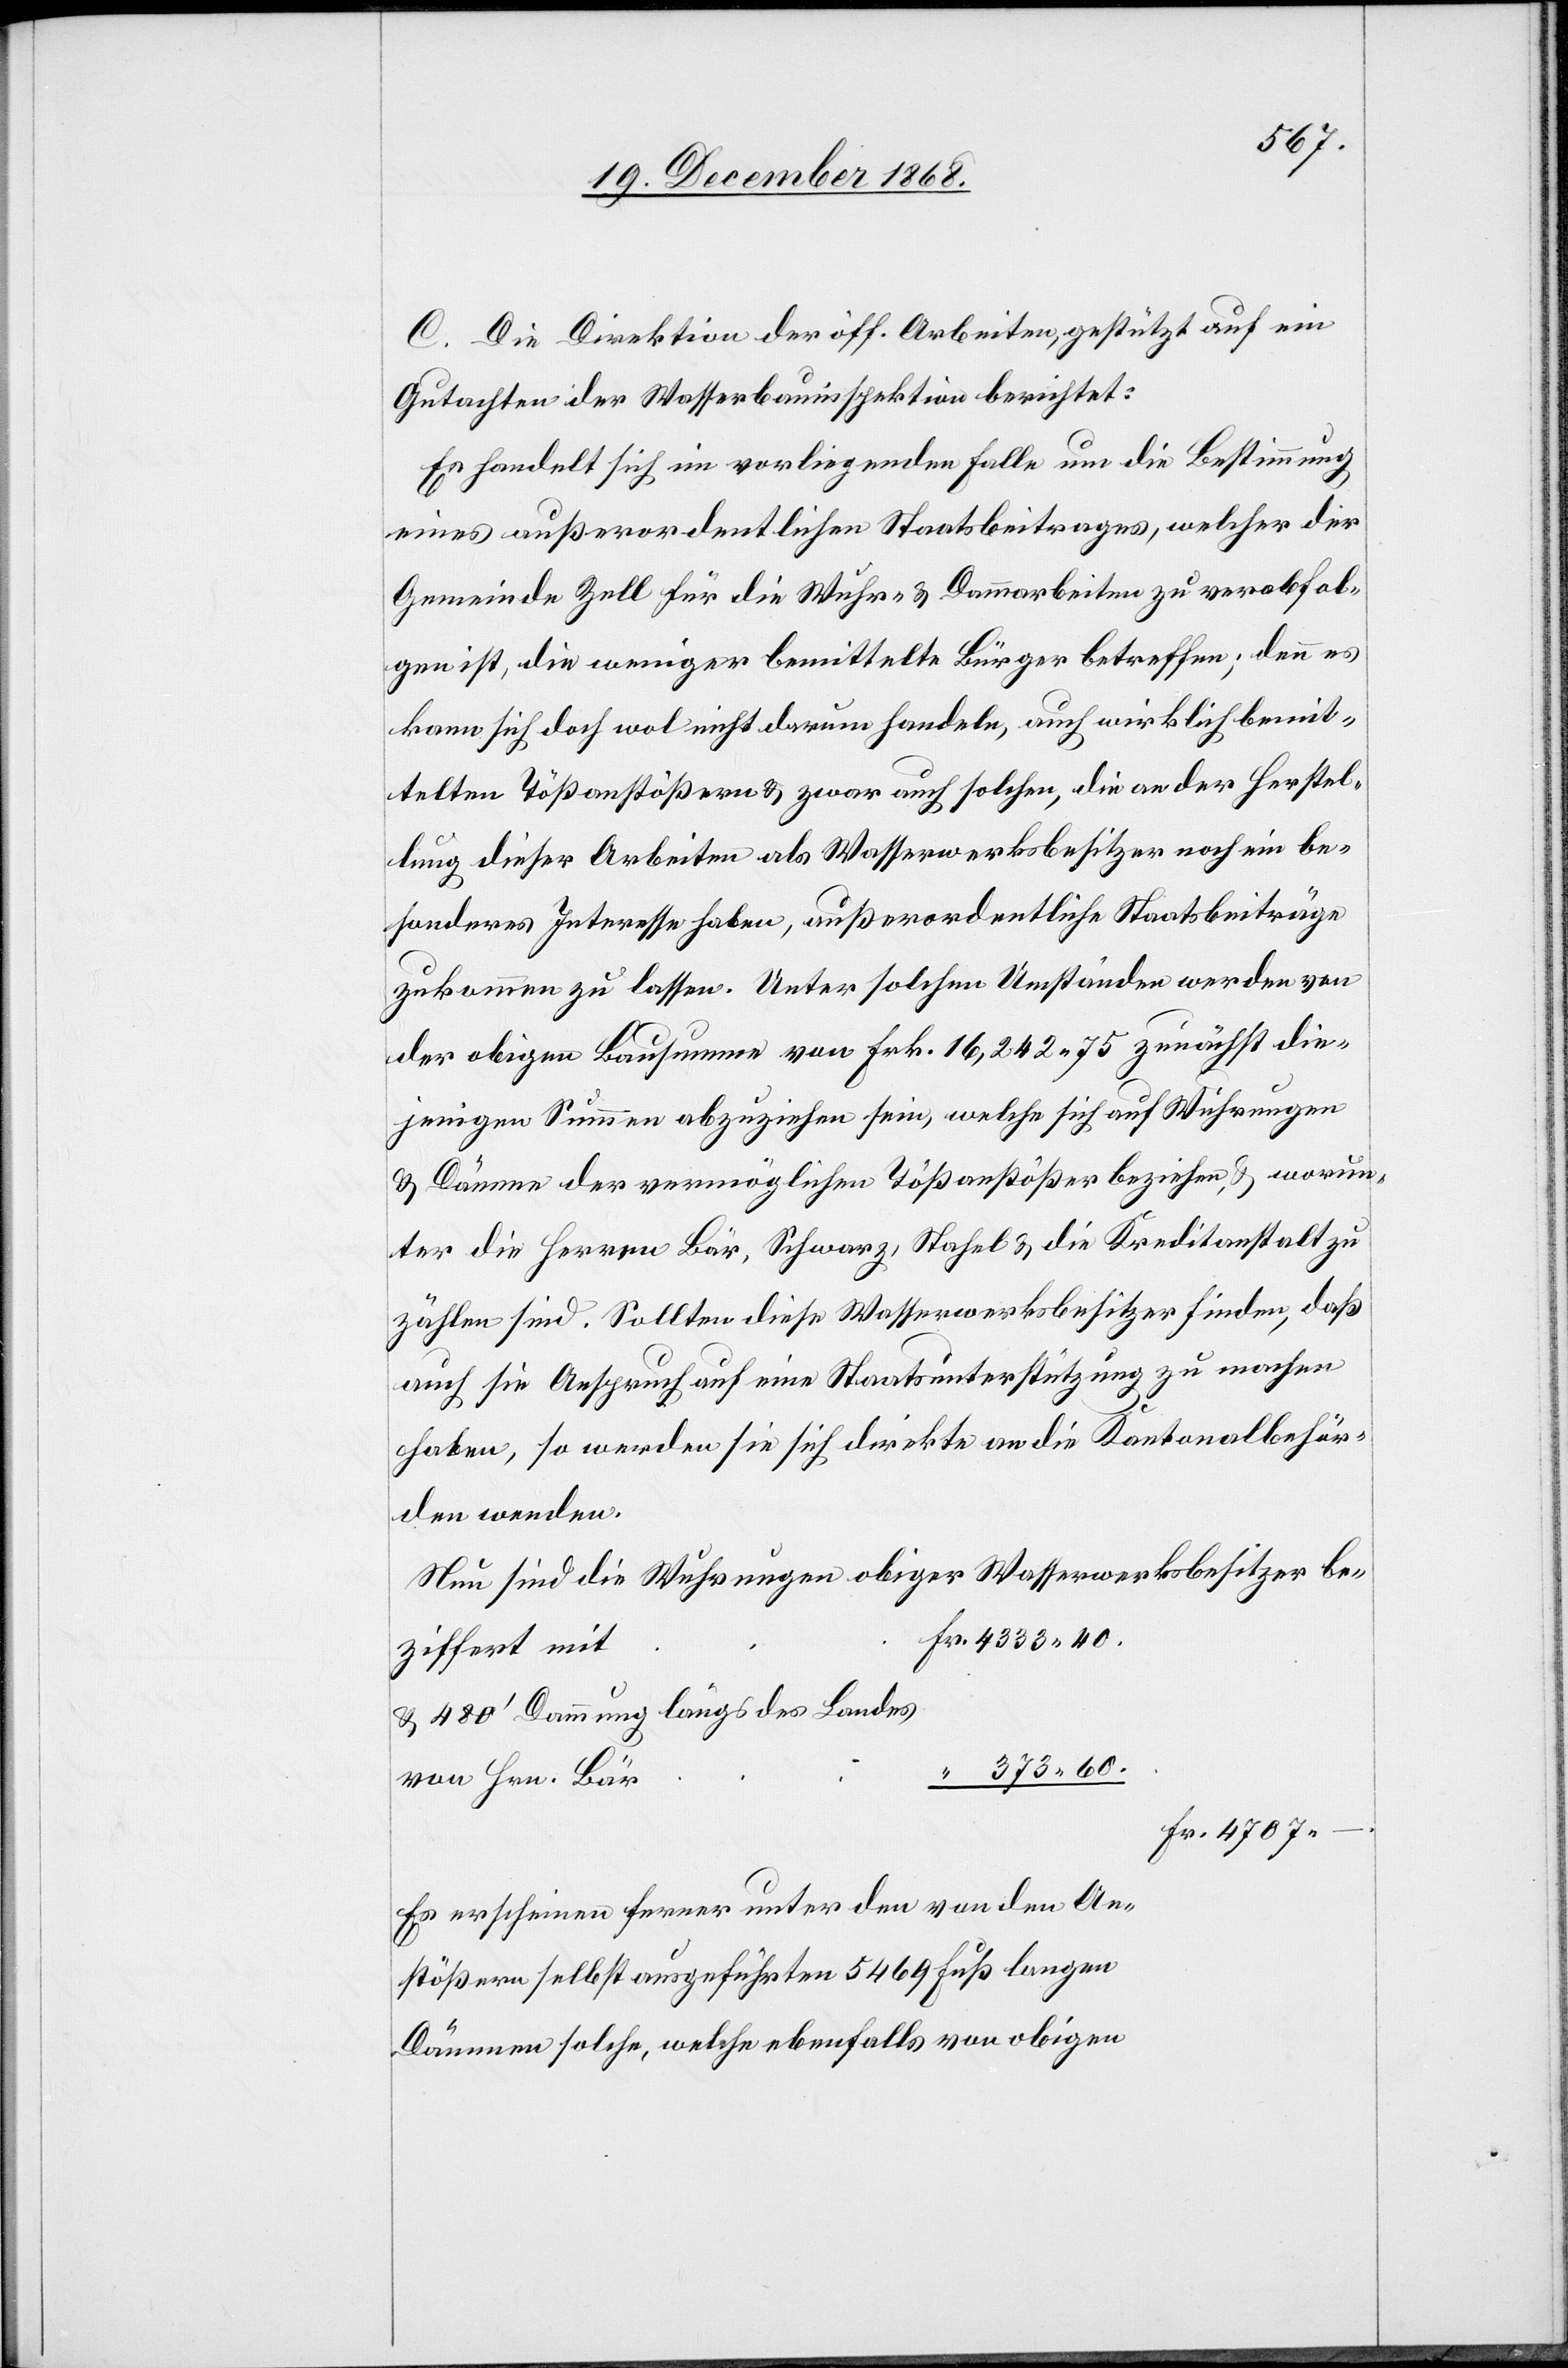
C. Die Direktion der öff. Arbeiten, gestützt auf ein
Gutachten der Wasserbauinspektion berichtet:
Es handelt sich im vorliegenden Falle um die Bestimmung
eines außerordentlichen Staatsbeitrages, welcher der
Gemeinde Zell für die Wuhr- & Dammarbeiten zu verabfol¬
gen ist, die weniger bemittelte Bürger betreffen; denn es
kann sich doch wol nicht darum handeln, auch wirklich bemit¬
telten Tößanstößern & zwar auch solchen, die an der Herstel¬
lung dieser Arbeiten als Wasserwerksbesitzer noch ein be¬
sonderes Interesse haben, außerordentliche Staatsbeiträge
zukommen zu lassen. Unter solchen Umständen werden von
der obigen Bausumme von Frk. 16,242.75 zunächst die¬
jenigen Summen abzuziehen sein, welche sich auf Wuhrungen
& Dämme der vermöglichen Tößanstößer beziehen, & worun¬
ter die Herren Bär, Schwarz, Stahel & die Kreditanstalt zu
zählen sind. Sollten diese Wasserwerksbesitzer finden, daß
auch sie Anspruch auf eine Staatsunterstützung zu machen
haben, so werden sie sich direkte an die Kantonalbehör¬
den wenden.
Nun sind die Wuhrungen obiger Wasserwerksbesitzer
Fr. 4333.40.
beziffert mit
& 480‘ Dammung längs des Landes
“ 373.60.
von Hrn. Bär
Fr. 4707.
Es erscheinen ferner unter den von den An¬
stößern selbst ausgeführten 5469 Fuß langen
Dämmen solche, welche ebenfalls von obigen